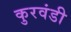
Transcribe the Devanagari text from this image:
कुरवंडी